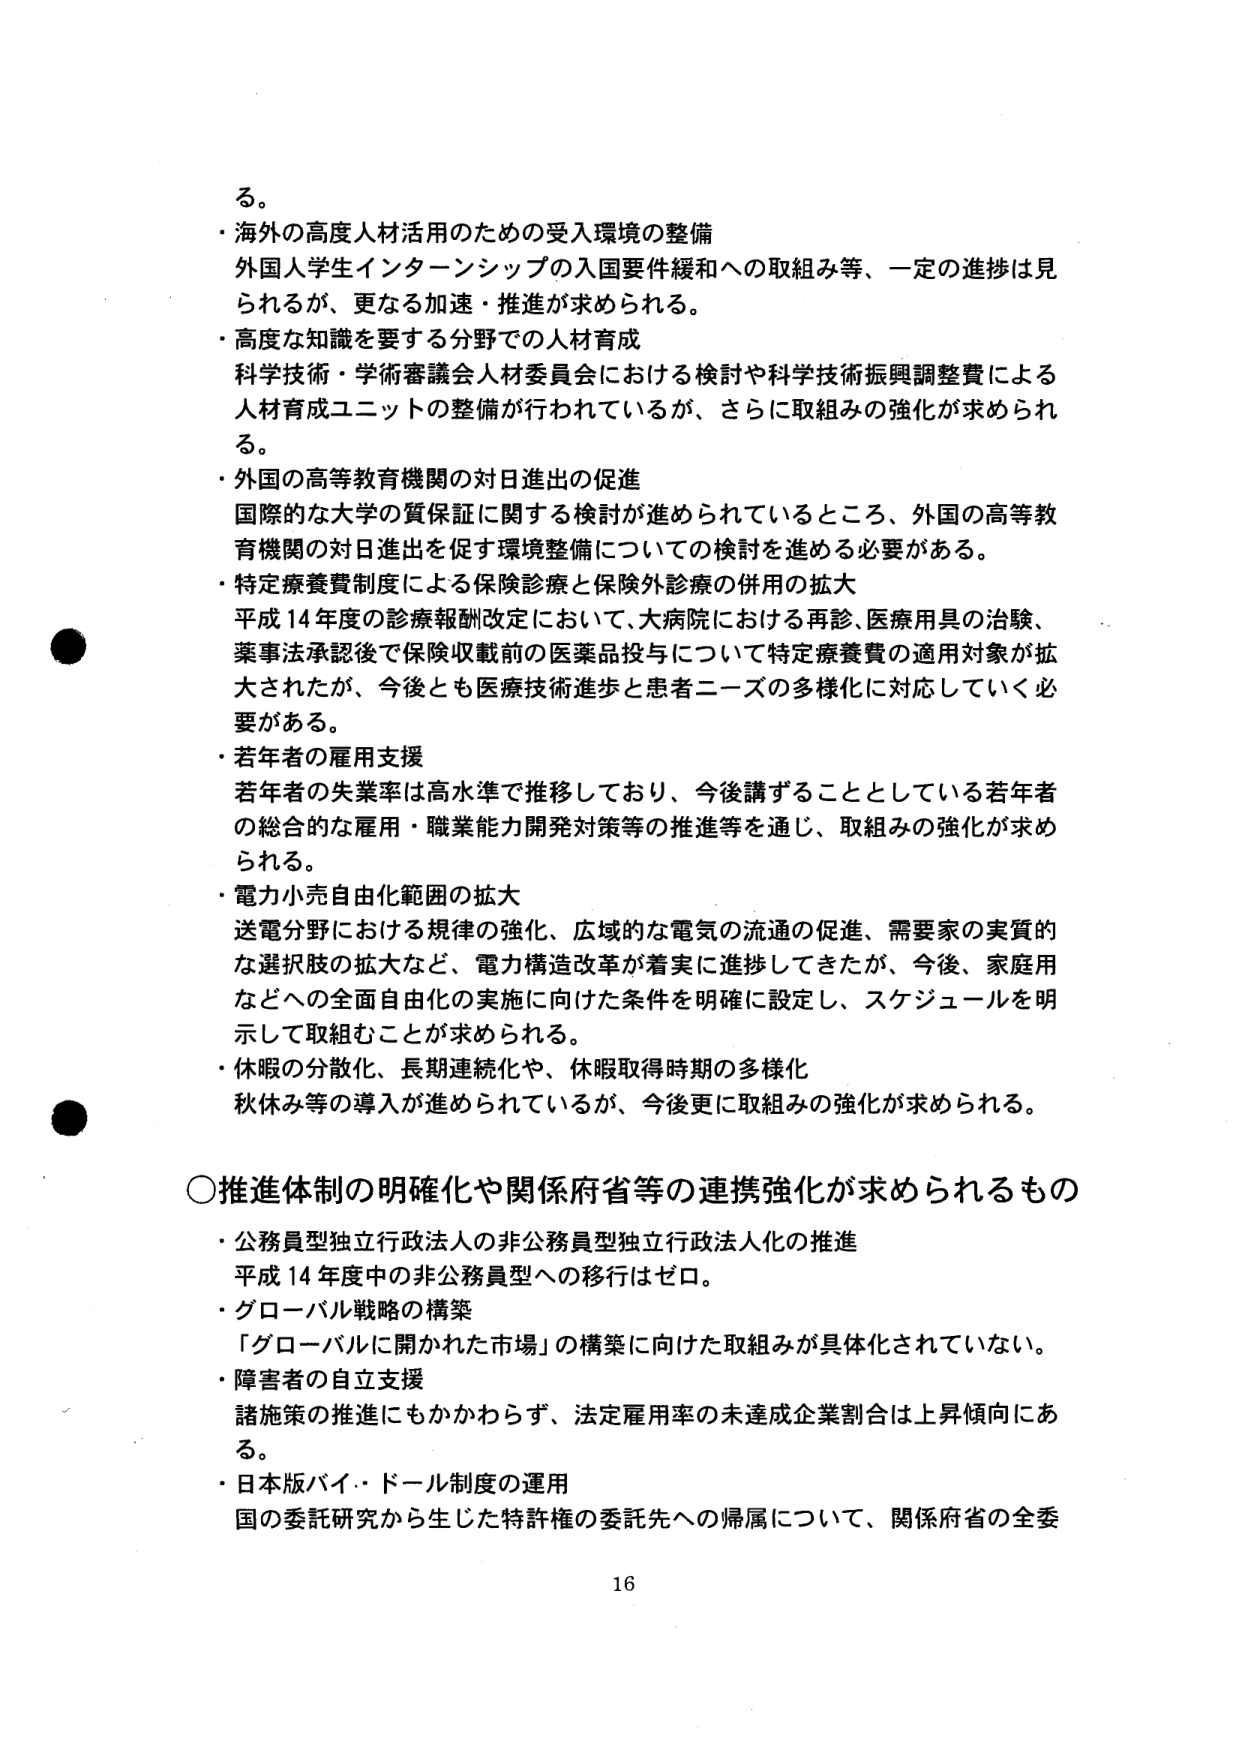
る。
・海外の高度人材活用のための受入環境の整備
外国人学生インターンシップの入国要件緩和への取組み等、一定の進捗は見られるが、更なる加速・推進が求められる。
・高度な知識を要する分野での人材育成
科学技術・学術審議会人材委員会における検討や科学技術振興調整費による人材育成ユニットの整備が行われているが、さらに取組みの強化が求められる。
・外国の高等教育機関の対日進出の促進
国際的な大学の質保証に関する検討が進められているところ、外国の高等教育機関の対日進出を促す環境整備についての検討を進める必要がある。
・特定療養費制度による保険診療と保険外診療の併用の拡大
平成14年度の診療報酬改定において、大病院における再診、医療用具の治験、薬事法承認後で保険収載前の医薬品投与について特定療養費の適用対象が拡大されたが、今後とも医療技術進歩と患者ニーズの多様化に対応していく必要がある。
・若年者の雇用支援
若年者の失業率は高水準で推移しており、今後講ずることとしている若年者の総合的な雇用・職業能力開発対策等の推進等を通じ、取組みの強化が求められる。
・電力小売自由化範囲の拡大
送電分野における規律の強化、広域的な電気の流通の促進、需要家の実質的な選択肢の拡大など、電力構造改革が着実に進捗してきたが、今後、家庭用などへの全面自由化の実施に向けた条件を明確に設定し、スケジュールを明示して取組むことが求められる。
・休暇の分散化、長期連続化や、休暇取得時期の多様化
秋休み等の導入が進められているが、今後更に取組みの強化が求められる。

○推進体制の明確化や関係府省等の連携強化が求められるもの
・公務員型独立行政法人の非公務員型独立行政法人化の推進
平成14年度中の非公務員型への移行はゼロ。
・グローバル戦略の構築
「グローバルに開かれた市場」の構築に向けた取組みが具体化されていない。
・障害者の自立支援
諸施策の推進にもかかわらず、法定雇用率の未達成企業割合は上昇傾向にある。
・日本版バイ・ドール制度の運用
国の委託研究から生じた特許権の委託先への帰属について、関係府省の全委

16